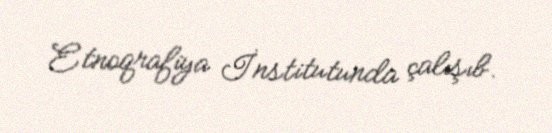
Etnoqrafiya İnstitutunda çalışıb.